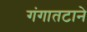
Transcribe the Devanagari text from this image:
गंगातटाने